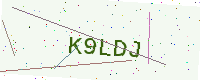
Text: K9LDJ